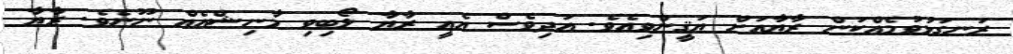
ރަނގަޅުވުމެއްކަން ރާޔާއަށް ޔަޤީންވިއެވެ. އަދިވެސް އެއީ ރާޔާ ލޯބިވި މާނިޝްއެއް ނޫނެވެ. ރާޔާ